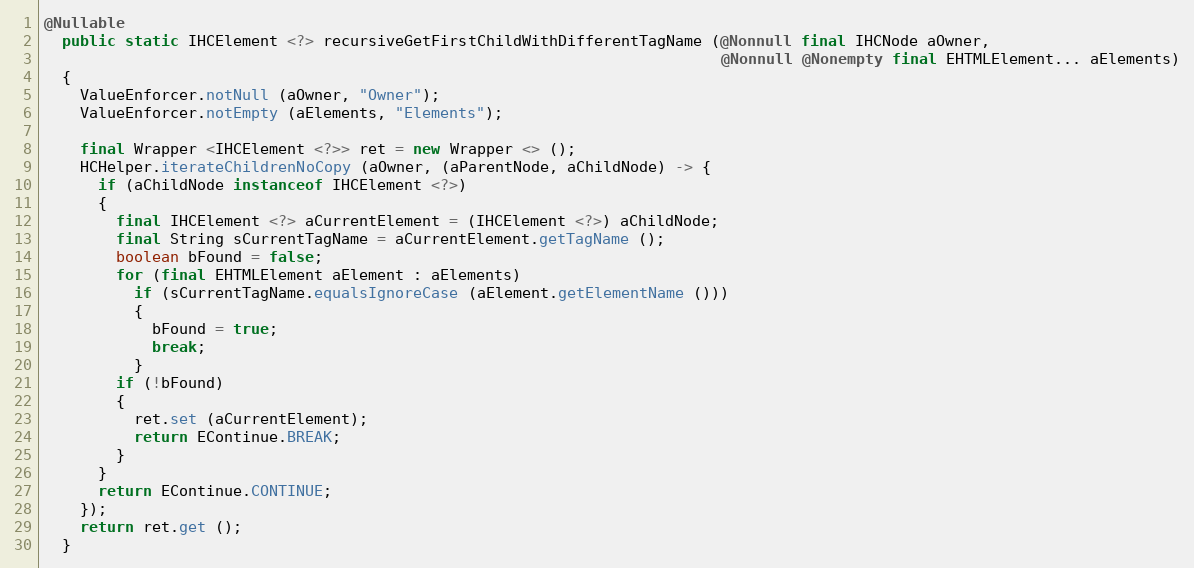
Language: Java
@Nullable
  public static IHCElement <?> recursiveGetFirstChildWithDifferentTagName (@Nonnull final IHCNode aOwner,
                                                                           @Nonnull @Nonempty final EHTMLElement... aElements)
  {
    ValueEnforcer.notNull (aOwner, "Owner");
    ValueEnforcer.notEmpty (aElements, "Elements");

    final Wrapper <IHCElement <?>> ret = new Wrapper <> ();
    HCHelper.iterateChildrenNoCopy (aOwner, (aParentNode, aChildNode) -> {
      if (aChildNode instanceof IHCElement <?>)
      {
        final IHCElement <?> aCurrentElement = (IHCElement <?>) aChildNode;
        final String sCurrentTagName = aCurrentElement.getTagName ();
        boolean bFound = false;
        for (final EHTMLElement aElement : aElements)
          if (sCurrentTagName.equalsIgnoreCase (aElement.getElementName ()))
          {
            bFound = true;
            break;
          }
        if (!bFound)
        {
          ret.set (aCurrentElement);
          return EContinue.BREAK;
        }
      }
      return EContinue.CONTINUE;
    });
    return ret.get ();
  }